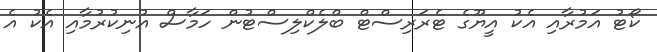
ކޯޓު އަމުރާއި އެކު އީޔޫގެ ޓެރަރިސްޓް ބްލެކްލިސްޓުން ހަމާސް އުނިކުރުމާއި އެކު އެ